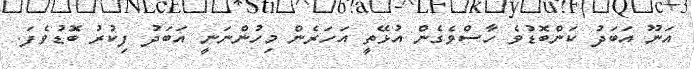
އަނޫ އަބަދު ކަންބޮޑުވެ ހާސްވެގެން އުޅޭތީ އަހަރެން މިހުންނަނީ އަބަދު ފިކުރު ބޮޑުވެފަ.